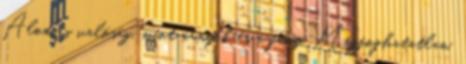
Álom, s valóság, mint árnyék és a fény. Megfoghatatlan,